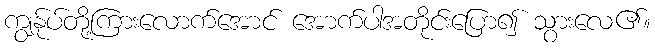
ကျွန်ုပ်တို့ကြားလောက်အောင် အောက်ပါအတိုင်းပြော၍ သွားလေ၏။